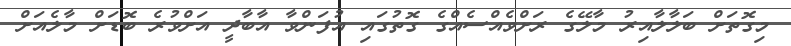
މިގޮތަށް ބަލާލާއިރު މާލޭގެ ރަށްވެއްސެއްގެ ގޮތުގައި އުފަންވާ އާބާދީ އަށްވުރެ ބޮޑަށް މާލެއަށް